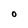
Character: O